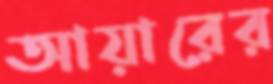
আয়ারের